Annual report of the Punjab Veterinary College and of the Civil Veterinary Department, Punjab - 1920-1925
Year: 1920
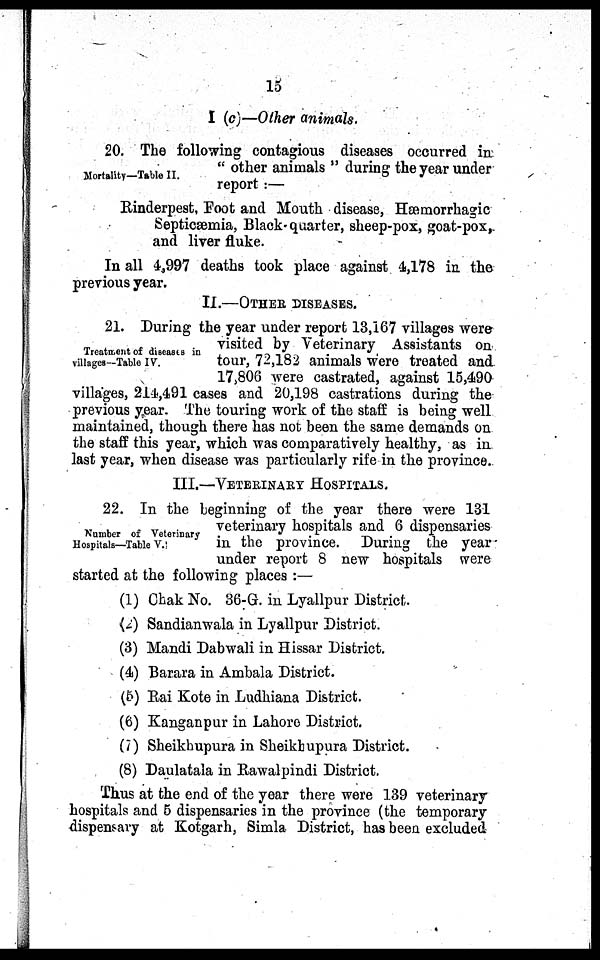
16
I (c)—Other animals.
Mortality—Table II.
20. The following contagious diseases occurred in
"other animals" during the year under
report:—
Rinderpest, Foot and Mouth disease, Hæmorrhagic
Septicæmia, Black-quarter, sheep-pox, goat-pox,
and liver fluke.
In all 4,997 deaths took place against 4,178 in the
previous year.
II.—OTHER DISEASES.
Treatment of diseases in
villages—Table IV.
21. During the year under report 13,167 villages were
visited by Veterinary Assistants on
tour, 72,182 animals were treated and
17,806 were castrated, against 15,490
villages, 214,491 cases and 20,198 castrations during the
previous year. The touring work of the staff is being well
maintained, though there has not been the same demands on
the staff this year, which was comparatively healthy, as in
last year, when disease was particularly rife in the province.
III.—VETERINARY HOSPITALS.
Number of Veterinary
Hospitals—Table V.
22. In the beginning of the year there were 131
veterinary hospitals and 6 dispensaries
in the province. During the year
under report 8 new hospitals were
started at the following places:—
(1) Chak No. 36-G. in Lyallpur District.
(2) Sandianwala in Lyallpur District.
(3) Mandi Dabwali in Hissar District.
(4) Barara in Ambala District.
(5) Rai Kote in Ludhiana District.
(6) Kanganpur in Lahore District.
(7) Sheikhupura in Sheikhupura District.
(8) Daulatala in Rawalpindi District.
Thus at the end of the year there were 139 veterinary
hospitals and 5 dispensaries in the province (the temporary
dispensary at Kotgarh, Simla District, has been excluded